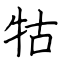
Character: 牯